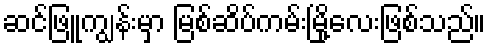
ဆင်ဖြူကျွန်းမှာ မြစ်ဆိပ်ကမ်းမြို့လေးဖြစ်သည်။